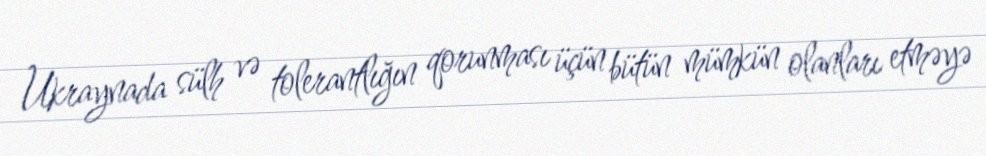
Ukraynada sülh və tolerantlığın qorunması üçün bütün mümkün olanları etməyə